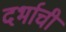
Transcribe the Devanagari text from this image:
दर्भाची